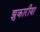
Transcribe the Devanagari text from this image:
झुकारीया